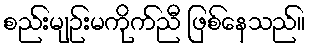
စည်းမျဉ်းမကိုက်ညီ ဖြစ်နေသည်။